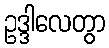
ဥဒ္ဒါလေတွာ